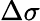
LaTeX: \Delta\sigma